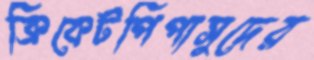
ক্রিকেটপিপাসুদের